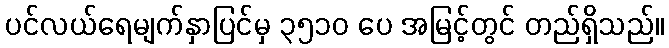
ပင်လယ်ရေမျက်နှာပြင်မှ ၃၅၁၀ ပေ အမြင့်တွင် တည်ရှိသည်။